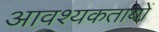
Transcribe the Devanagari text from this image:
आवश्यकतायों